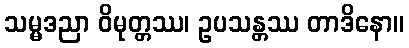
သမ္မဒညာ ဝိမုတ္တဿ၊ ဥပသန္တဿ တာဒိနော။